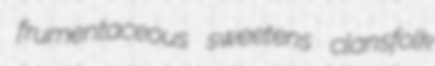
frumentaceous sweetens clansfolk